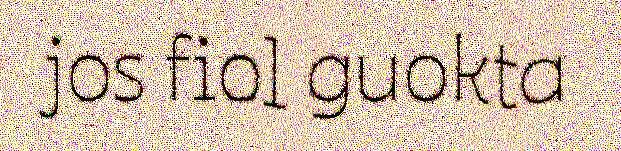
jos fiol guokta